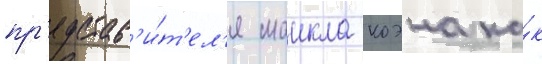
пр'едстав'и́т'ел'я маикла коэна ка́к